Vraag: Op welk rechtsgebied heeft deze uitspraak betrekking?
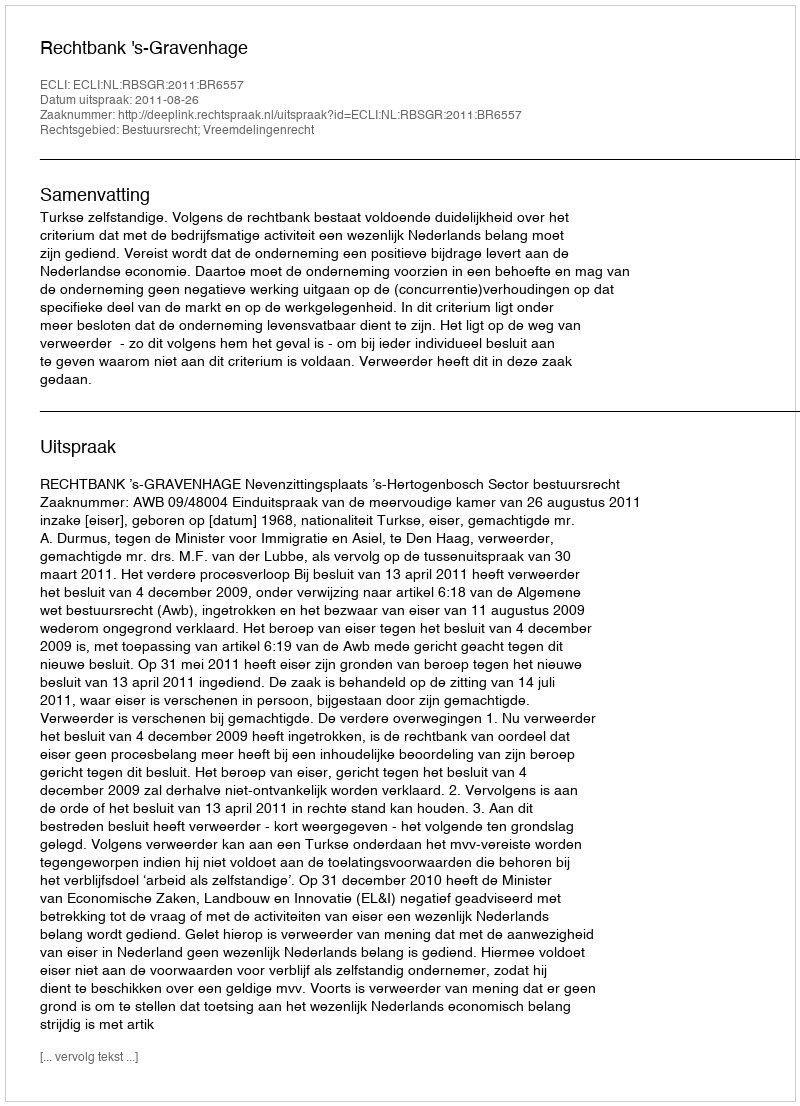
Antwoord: Bestuursrecht; Vreemdelingenrecht